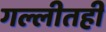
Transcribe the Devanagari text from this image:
गल्लीतही